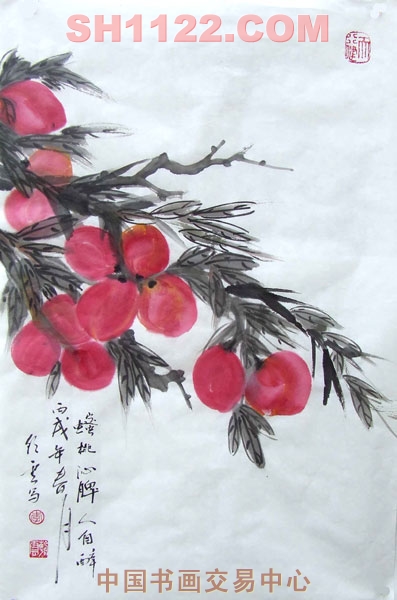
丹灶初开火，仙桃正落花。